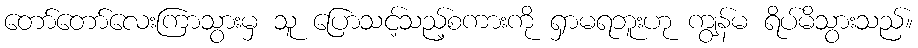
တော်တော်လေးကြာသွားမှ သူ ပြောသင့်သည့်စကားကို ရှာမရဘူးဟု ကျွန်မ ရိပ်မိသွားသည်။